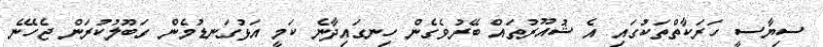
ސިޔާސީ ހަރަކާތްތަކުގައި އެ ޝުއޫރުތައް ބޭރުވެގެން ހިނގައިދާނެ ކަމީ އަޅުގަނޑުމެން ގަބޫލުކުރަން ޖެހޭނެ